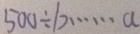
5 0 0 \div b \cdots a